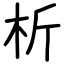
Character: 析